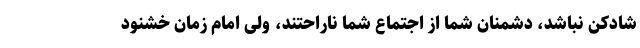
شادکن نباشد، دشمنان شما از اجتماع شما ناراحتند، ولی امام زمان خشنود